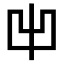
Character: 𠚆